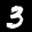
Label: 3